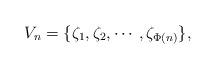
LaTeX: \begin{align*}V_n=\{\zeta_1,\zeta_2,\cdots,\zeta_{\Phi(n)}\},\end{align*}